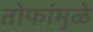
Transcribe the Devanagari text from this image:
तोफांमुळे